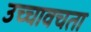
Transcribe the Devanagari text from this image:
उच्चावचता